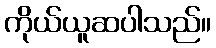
ကိုယ်ယူဆပါသည်။